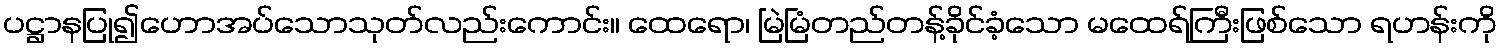
ပဋ္ဌာနပြု၍ဟောအပ်သောသုတ်လည်းကောင်း။ ထေရော၊ မြဲမြံတည်တန့်ခိုင်ခံ့သော မထေရ်ကြီးဖြစ်သော ရဟန်းကို